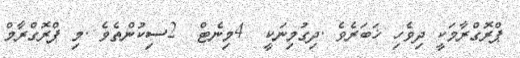
ޕްރޮގްރާމަކީ ދިވެހި ޚަބަރެވެ .ދިގުމިނަކީ  4މިނެޓް  2ސިކުންތެވެ .މި ޕްރޮގްރާމް